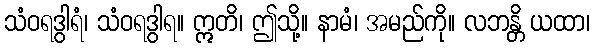
သံဝရဒွါရံ၊ သံဝရဒွါရ။ ဣတိ၊ ဤသို့။ နာမံ၊ အမည်ကို။ လဘန္တိ ယထာ၊